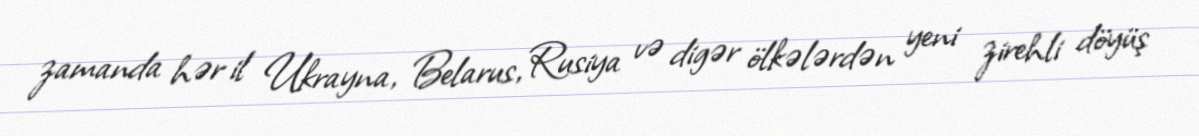
zamanda hər il Ukrayna, Belarus, Rusiya və digər ölkələrdən yeni zirehli döyüş